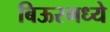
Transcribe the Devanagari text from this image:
बिऊरमध्ये